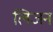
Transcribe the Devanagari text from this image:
लिजन